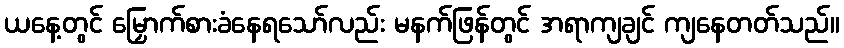
ယနေ့တွင် မြှောက်စားခံနေရသော်လည်း မနက်ဖြန်တွင် အရာကျချင် ကျနေတတ်သည်။